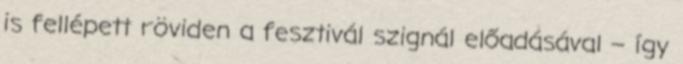
is fellépett röviden a fesztivál szignál előadásával – így